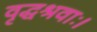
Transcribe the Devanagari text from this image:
वृद्धश्रवाः।